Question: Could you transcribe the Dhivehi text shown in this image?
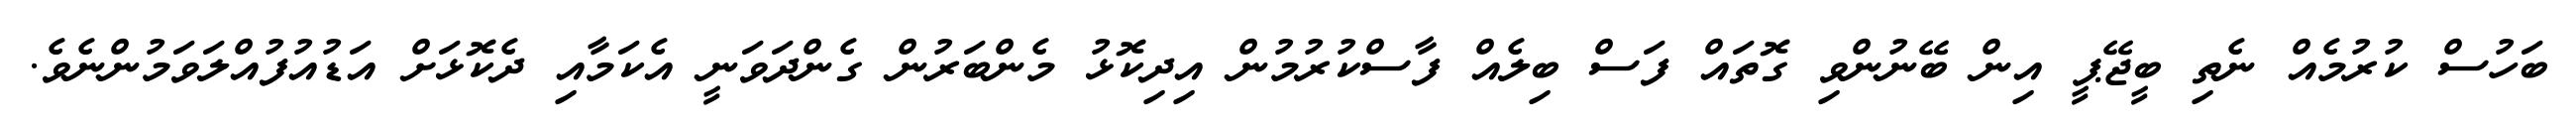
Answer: ބަހުސް ކުރުމެއް ނެތި ބީޖޭޕީ އިން ބޭނުންވި ގޮތައް ފަސް ބިލެއް ފާސްކުރުމުން އިދިކޮޅު މެންބަރުން ގެންދަވަނީ އެކަމާއި ދެކޮޅަށް އަޑުއުފުއްލަވަމުންނެވެ.